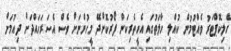
ހެލިކޮޕްޓަރު ވެއްޓުމުން ކުއްލި ހާލަތުގައި އެހީތެރިކަން ފޯރުކޮށްދޭ މީހުންނަށް ވެސް އެސަރަހައްދަށް ދިއުމަށް